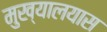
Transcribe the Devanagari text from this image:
मुख्यालयास